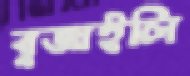
বুজাইলি